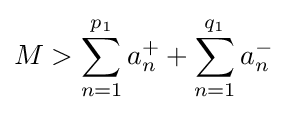
M>\sum _{n=1}^{p_{1}}a_{n}^{+}+\sum _{n=1}^{q_{1}}a_{n}^{-}